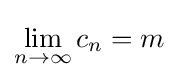
\lim _{n\to \infty }c_{n}=m